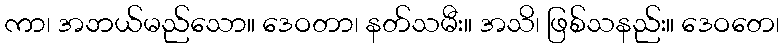
ကာ၊ အဘယ်မည်သော။ ဒေဝတာ၊ နတ်သမီး။ အသိ၊ ဖြစ်သနည်း။ ဒေဝတေ၊